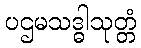
ပဌမသဒ္ဓါသုတ္တံ